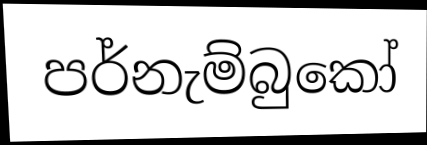
පර්නැම්බුකෝ